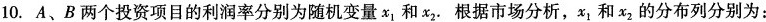
10.A、B两个投资项目的利润率分别为随机变量x_{1}和x_{2}.根据市场分析，x_{1}和x_{2}的分布列分别为：